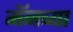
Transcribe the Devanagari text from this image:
मॅनच्या